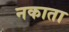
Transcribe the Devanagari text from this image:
नकाता